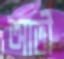
আতী